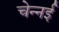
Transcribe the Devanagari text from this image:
चेन्नर्इ